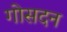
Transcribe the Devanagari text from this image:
गोसदन